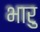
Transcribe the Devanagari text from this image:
भारु